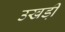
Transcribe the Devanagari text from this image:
उखडी़